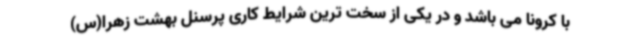
با کرونا می باشد و در یکی از سخت ترین شرایط کاری پرسنل بهشت زهرا(س)